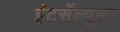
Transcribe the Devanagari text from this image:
इंटर्सेल्यूलर